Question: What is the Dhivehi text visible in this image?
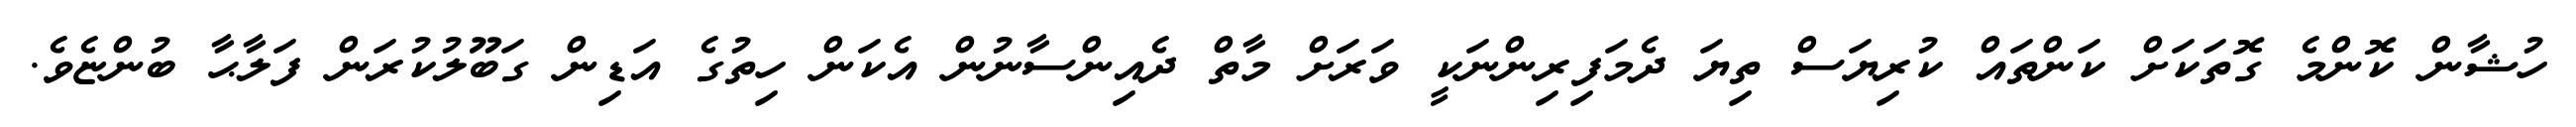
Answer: ހުޝާން ކޮންމެ ގޮތަކަށް ކަންތައް ކުރިޔަސް ތިޔަ ދެމަފިރިންނަކީ ވަރަށް މާތް ދެއިންސާނުން އެކަން ހިތުގެ އަޑިން ގަބޫލުކުރަން ފަލާޙާ ބުންޏެވެ.